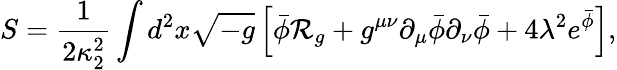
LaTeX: S={\frac{1}{2\kappa_{2}^{2}}}\int d^{2}x\sqrt{-g}\left[\bar{\phi}{\cal R}_{g}+g^{\mu\nu}\partial_{\mu}\bar{\phi}\partial_{\nu}\bar{\phi}+4\lambda^{2}e^{\bar{\phi}}\right],